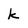
Character: k